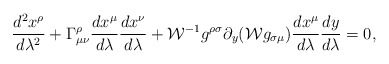
\begin{align*}{{d^2x^{\rho}}\over{d\lambda^2}}+\Gamma^{\rho}_{\mu\nu}{{dx^{\mu}}\over{d\lambda}}{{dx^{\nu}}\over{d\lambda}}+{\cal W}^{-1}g^{\rho\sigma}\partial_y({\cal W}g_{\sigma\mu}){{dx^{\mu}}\over{d\lambda}}{{dy}\over{d\lambda}}=0,\end{align*}